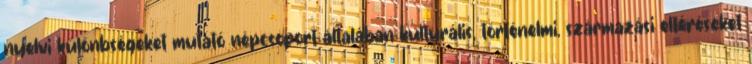
nyelvi különbségeket mutató népcsoport általában kulturális, történelmi, származási eltéréseket